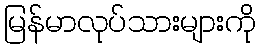
မြန်မာလုပ်သားများကို